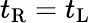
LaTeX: t_{\mathrm{R}}=t_{\mathrm{L}}